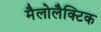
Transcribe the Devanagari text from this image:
मैलोलैक्टिक